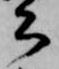
公